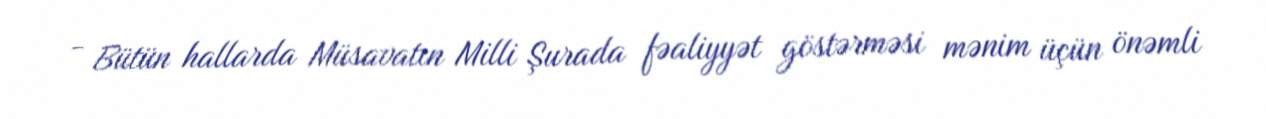
- Bütün hallarda Müsavatın Milli Şurada fəaliyyət göstərməsi mənim üçün önəmli